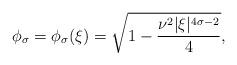
LaTeX: \begin{align*} \phi_{\sigma} = \phi_{\sigma}(\xi) = \sqrt{1-\frac{\nu^{2} |\xi|^{4 \sigma-2}}{4}}, \end{align*}